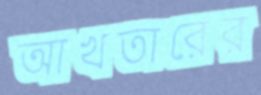
আখতারের